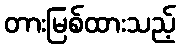
တားမြစ်ထားသည့်